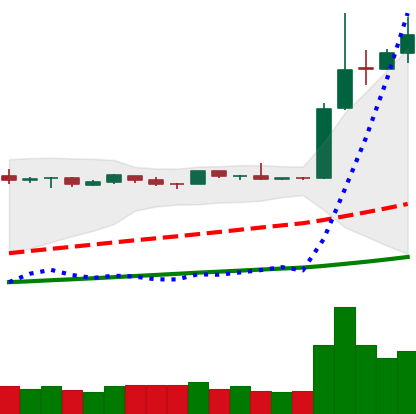
Ticker: LTC-USD
Chart end date: 2019-04-06
Forward return: -13.93%
Label: down_7plus